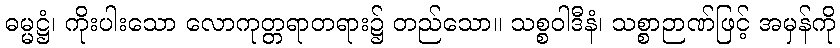
ဓမ္မဋ္ဌံ၊ ကိုးပါးသော လောကုတ္တရာတရား၌ တည်သော။ သစ္စဝါဒီနံ၊ သစ္စာဉာဏ်ဖြင့် အမှန်ကို